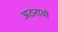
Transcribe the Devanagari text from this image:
अठरावो